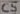
Text: C5